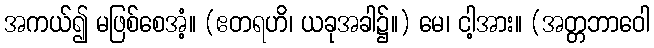
အကယ်၍ မဖြစ်စေအံ့။ (ဧတရဟိ၊ ယခုအခါ၌။) မေ၊ ငါ့အား။ (အတ္တဘာဝေါ